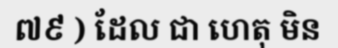
៧៩ ) ដែល ជា ហេតុ មិន